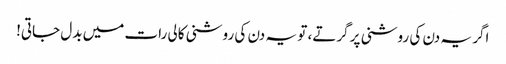
اگر یہ دن کی روشنی پر گرتے، تو یہ دن کی روشنی کالی رات میں بدل جاتی!